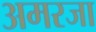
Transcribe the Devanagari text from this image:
अमरजा